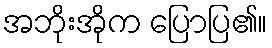
အဘိုးအိုက ပြောပြ၏။